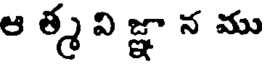
ఆ త్మ వి జ్ఞా న ము